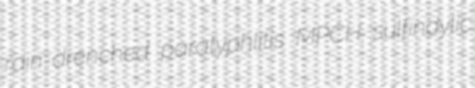
rain-drenched paratyphlitis MPCH sulfindylic